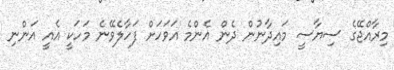
މިރާއްޖޭގެ ސިޔާސީ މައިދާނުން ދެން އެންމެ އަވަހަށް ފަހާލެވޭނެ މަހަކީ އެއީ އަންނި